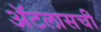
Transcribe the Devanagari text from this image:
ॲटलासची